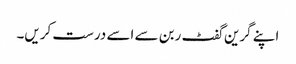
اپنے گرین گفٹ ربن سے اسے درست کریں۔